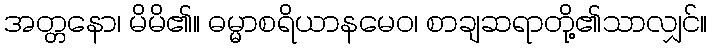
အတ္တနော၊ မိမိ၏။ ဓမ္မာစရိယာနမေဝ၊ စာချဆရာတို့၏သာလျှင်။